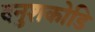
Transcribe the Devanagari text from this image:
दनुशकोडि